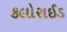
કલોરાઈડ